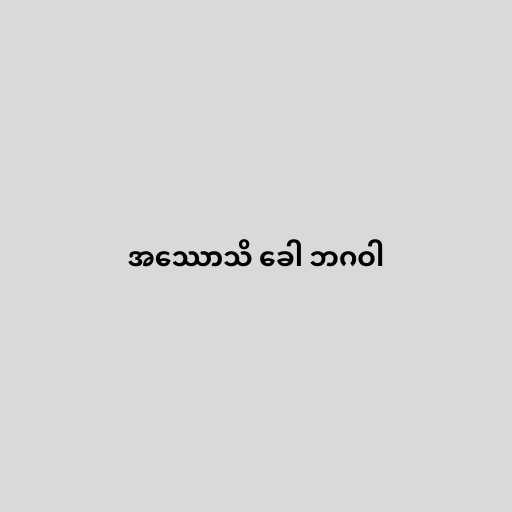
အဿောသိ ခေါ ဘဂဝါ